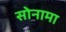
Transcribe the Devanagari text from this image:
सोनामा